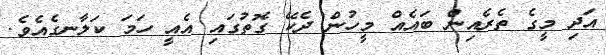
އަދި މީގެ ތެރެއިން ބައެއް މީހުން ދެކޭ ގޮތުގައި އެއީ ހަމަ ކަލާނގެއެވެ.